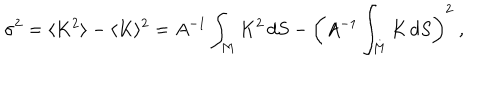
LaTeX: \sigma ^ { 2 } = \langle K ^ { 2 } \rangle - \langle K \rangle ^ { 2 } = A ^ { - 1 } \int _ { M } K ^ { 2 } \, d S - \left( A ^ { - 1 } \int _ { M } K \, d S \right) ^ { 2 } ~ ,